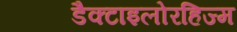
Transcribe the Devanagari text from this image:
डैक्टाइलोरहिज्म